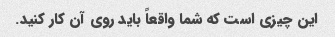
این چیزی است که شما واقعاً باید روی آن کار کنید.